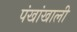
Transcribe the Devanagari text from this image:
पंखांखाली